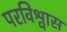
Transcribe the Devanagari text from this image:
परविश्वास